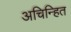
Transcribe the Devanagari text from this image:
अचिन्हित